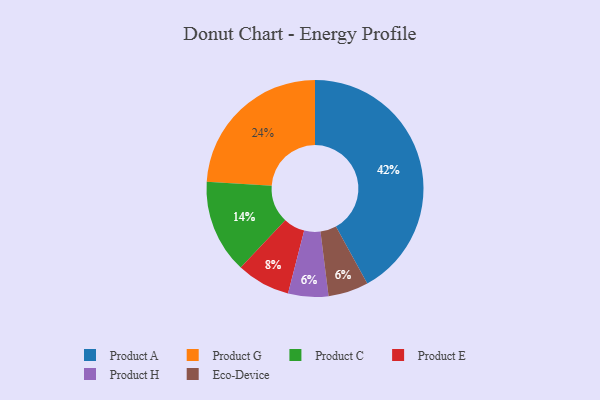
{"axis": {"x": "Category", "y": "Percentage"}, "legend": ["Eco-Device", "Product A", "Product C", "Product E", "Product G", "Product H"], "data": [{"x": "Product C", "y": 14, "type": "Product C"}, {"x": "Product G", "y": 24, "type": "Product G"}, {"x": "Product H", "y": 6, "type": "Product H"}, {"x": "Product A", "y": 42, "type": "Product A"}, {"x": "Eco-Device", "y": 6, "type": "Eco-Device"}, {"x": "Product E", "y": 8, "type": "Product E"}]}